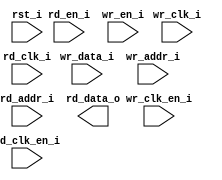
/*******************************************************************************
    Verilog netlist generated by IPGEN Lattice Radiant Software (64-bit)
    3.0.0.24.1
    Soft IP Version: 1.1.2
    2021 12 13 13:22:13
*******************************************************************************/
/*******************************************************************************
    Wrapper Module generated per user settings.
*******************************************************************************/
module instr_dpram_sect0 (wr_clk_i, rd_clk_i, rst_i, wr_clk_en_i, rd_en_i,
    rd_clk_en_i, wr_en_i, wr_data_i, wr_addr_i, rd_addr_i, rd_data_o)/* synthesis syn_black_box syn_declare_black_box=1 */;
    input  wr_clk_i;
    input  rd_clk_i;
    input  rst_i;
    input  wr_clk_en_i;
    input  rd_en_i;
    input  rd_clk_en_i;
    input  wr_en_i;
    input  [31:0]  wr_data_i;
    input  [7:0]  wr_addr_i;
    input  [7:0]  rd_addr_i;
    output  [31:0]  rd_data_o;
endmodule